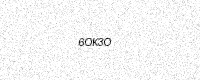
Text: 6OK3O